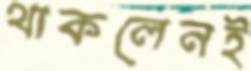
থাকলেনই